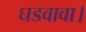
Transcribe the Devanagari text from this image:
घडवावा।